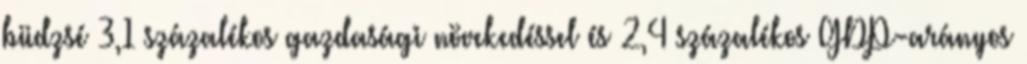
büdzsé 3,1 százalékos gazdasági növekedéssel és 2,4 százalékos GDP-arányos